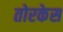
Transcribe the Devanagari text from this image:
तोरकेस